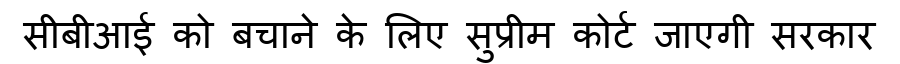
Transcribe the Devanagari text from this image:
सीबीआई को बचाने के लिए सुप्रीम कोर्ट जाएगी सरकार